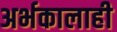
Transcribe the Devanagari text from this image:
अर्भकालाही